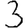
Digit: 3